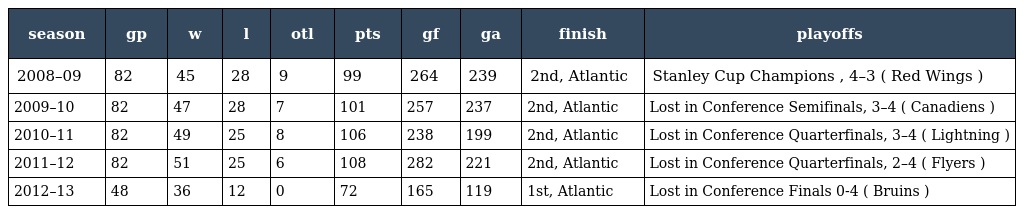
| season | gp | w | l | otl | pts | gf | ga | finish | playoffs |
 | --- | --- | --- | --- | --- | --- | --- | --- | --- | --- |
 | 2008–09 | 82 | 45 | 28 | 9 | 99 | 264 | 239 | 2nd, Atlantic | Stanley Cup Champions , 4–3 ( Red Wings ) |
 | 2009–10 | 82 | 47 | 28 | 7 | 101 | 257 | 237 | 2nd, Atlantic | Lost in Conference Semifinals, 3–4 ( Canadiens ) |
 | 2010–11 | 82 | 49 | 25 | 8 | 106 | 238 | 199 | 2nd, Atlantic | Lost in Conference Quarterfinals, 3–4 ( Lightning ) |
 | 2011–12 | 82 | 51 | 25 | 6 | 108 | 282 | 221 | 2nd, Atlantic | Lost in Conference Quarterfinals, 2–4 ( Flyers ) |
 | 2012–13 | 48 | 36 | 12 | 0 | 72 | 165 | 119 | 1st, Atlantic | Lost in Conference Finals 0-4 ( Bruins ) |